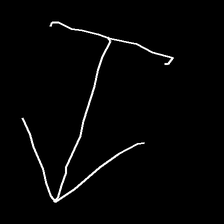
Glyph: levitation